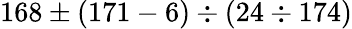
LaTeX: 168\pm(171-6)\div(24\div 174)